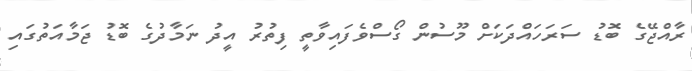
ރާއްޖޭގެ ބޮޑު ސަރަހައްދަކަށް މޫސުން ގޯސްވެފައިވާތީ ފިތުރު އީދު ނަމާދުގެ ބޮޑު ޖަމާއަތުގައި